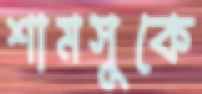
শামসুকে